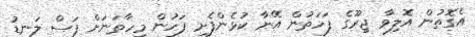
އެގޮތުން އޮލިވާ ޖިރޫގެ ފަހަތުން އޭނާ ކުޅެންފެށި ފަހުން މިހާތަނަށް ފަސް ލަނޑު